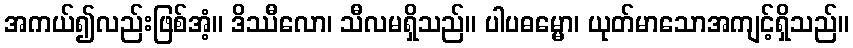
အကယ်၍လည်းဖြစ်အံ့။ ဒိဿီလော၊ သီလမရှိသည်။ ပါပဓမ္မော၊ ယုတ်မာသောအကျင့်ရှိသည်။